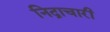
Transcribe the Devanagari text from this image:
निद्राचारी